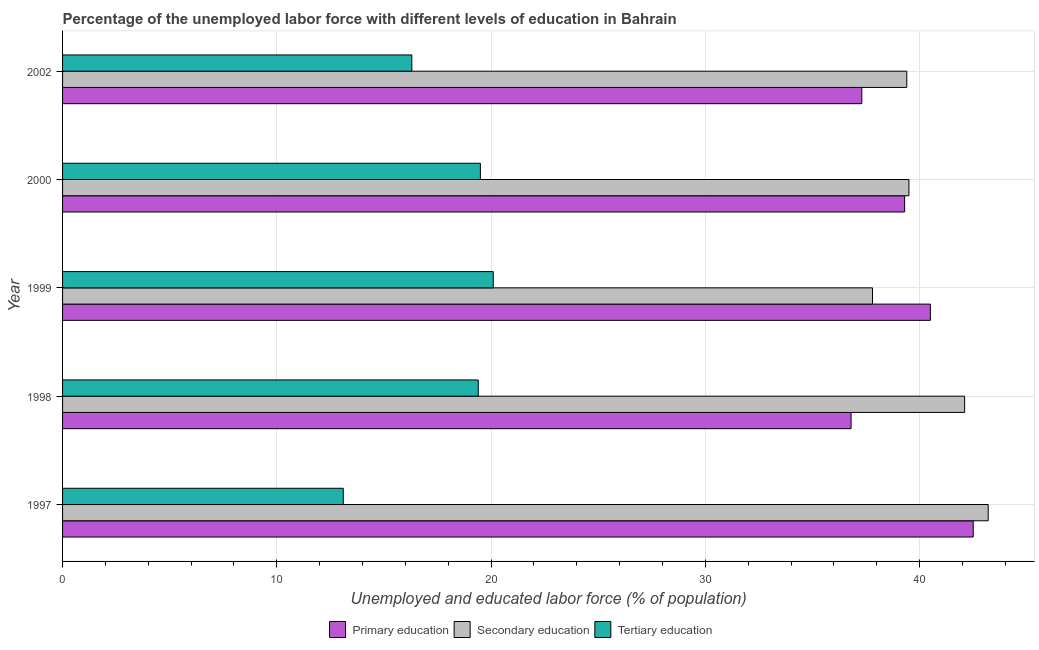
| Year | Primary education | Secondary education | Tertiary education |
 | --- | --- | --- | --- |
 | 1997 | 42.5 | 43.2 | 13.1 |
 | 1998 | 36.8 | 42.1 | 19.4 |
 | 1999 | 40.5 | 37.8 | 20.1 |
 | 2000 | 39.3 | 39.5 | 19.5 |
 | 2002 | 37.3 | 39.4 | 16.3 |